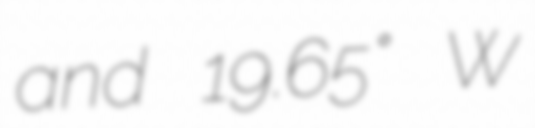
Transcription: and 19.65° W